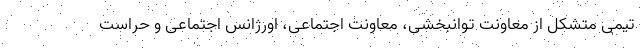
تیمی متشکل از معاونت توانبخشی، معاونت اجتماعی، اورژانس اجتماعی و حراست